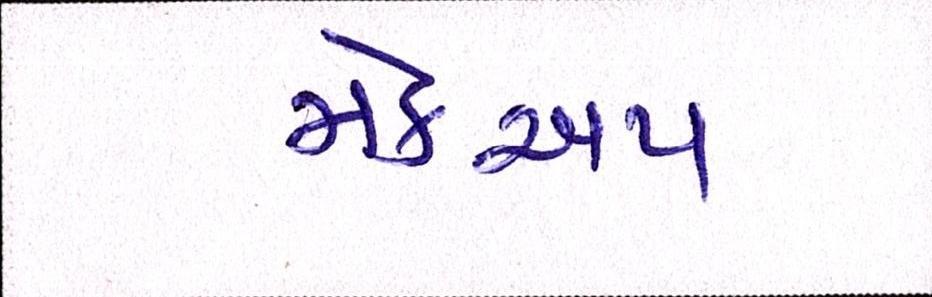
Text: મેકઅપ